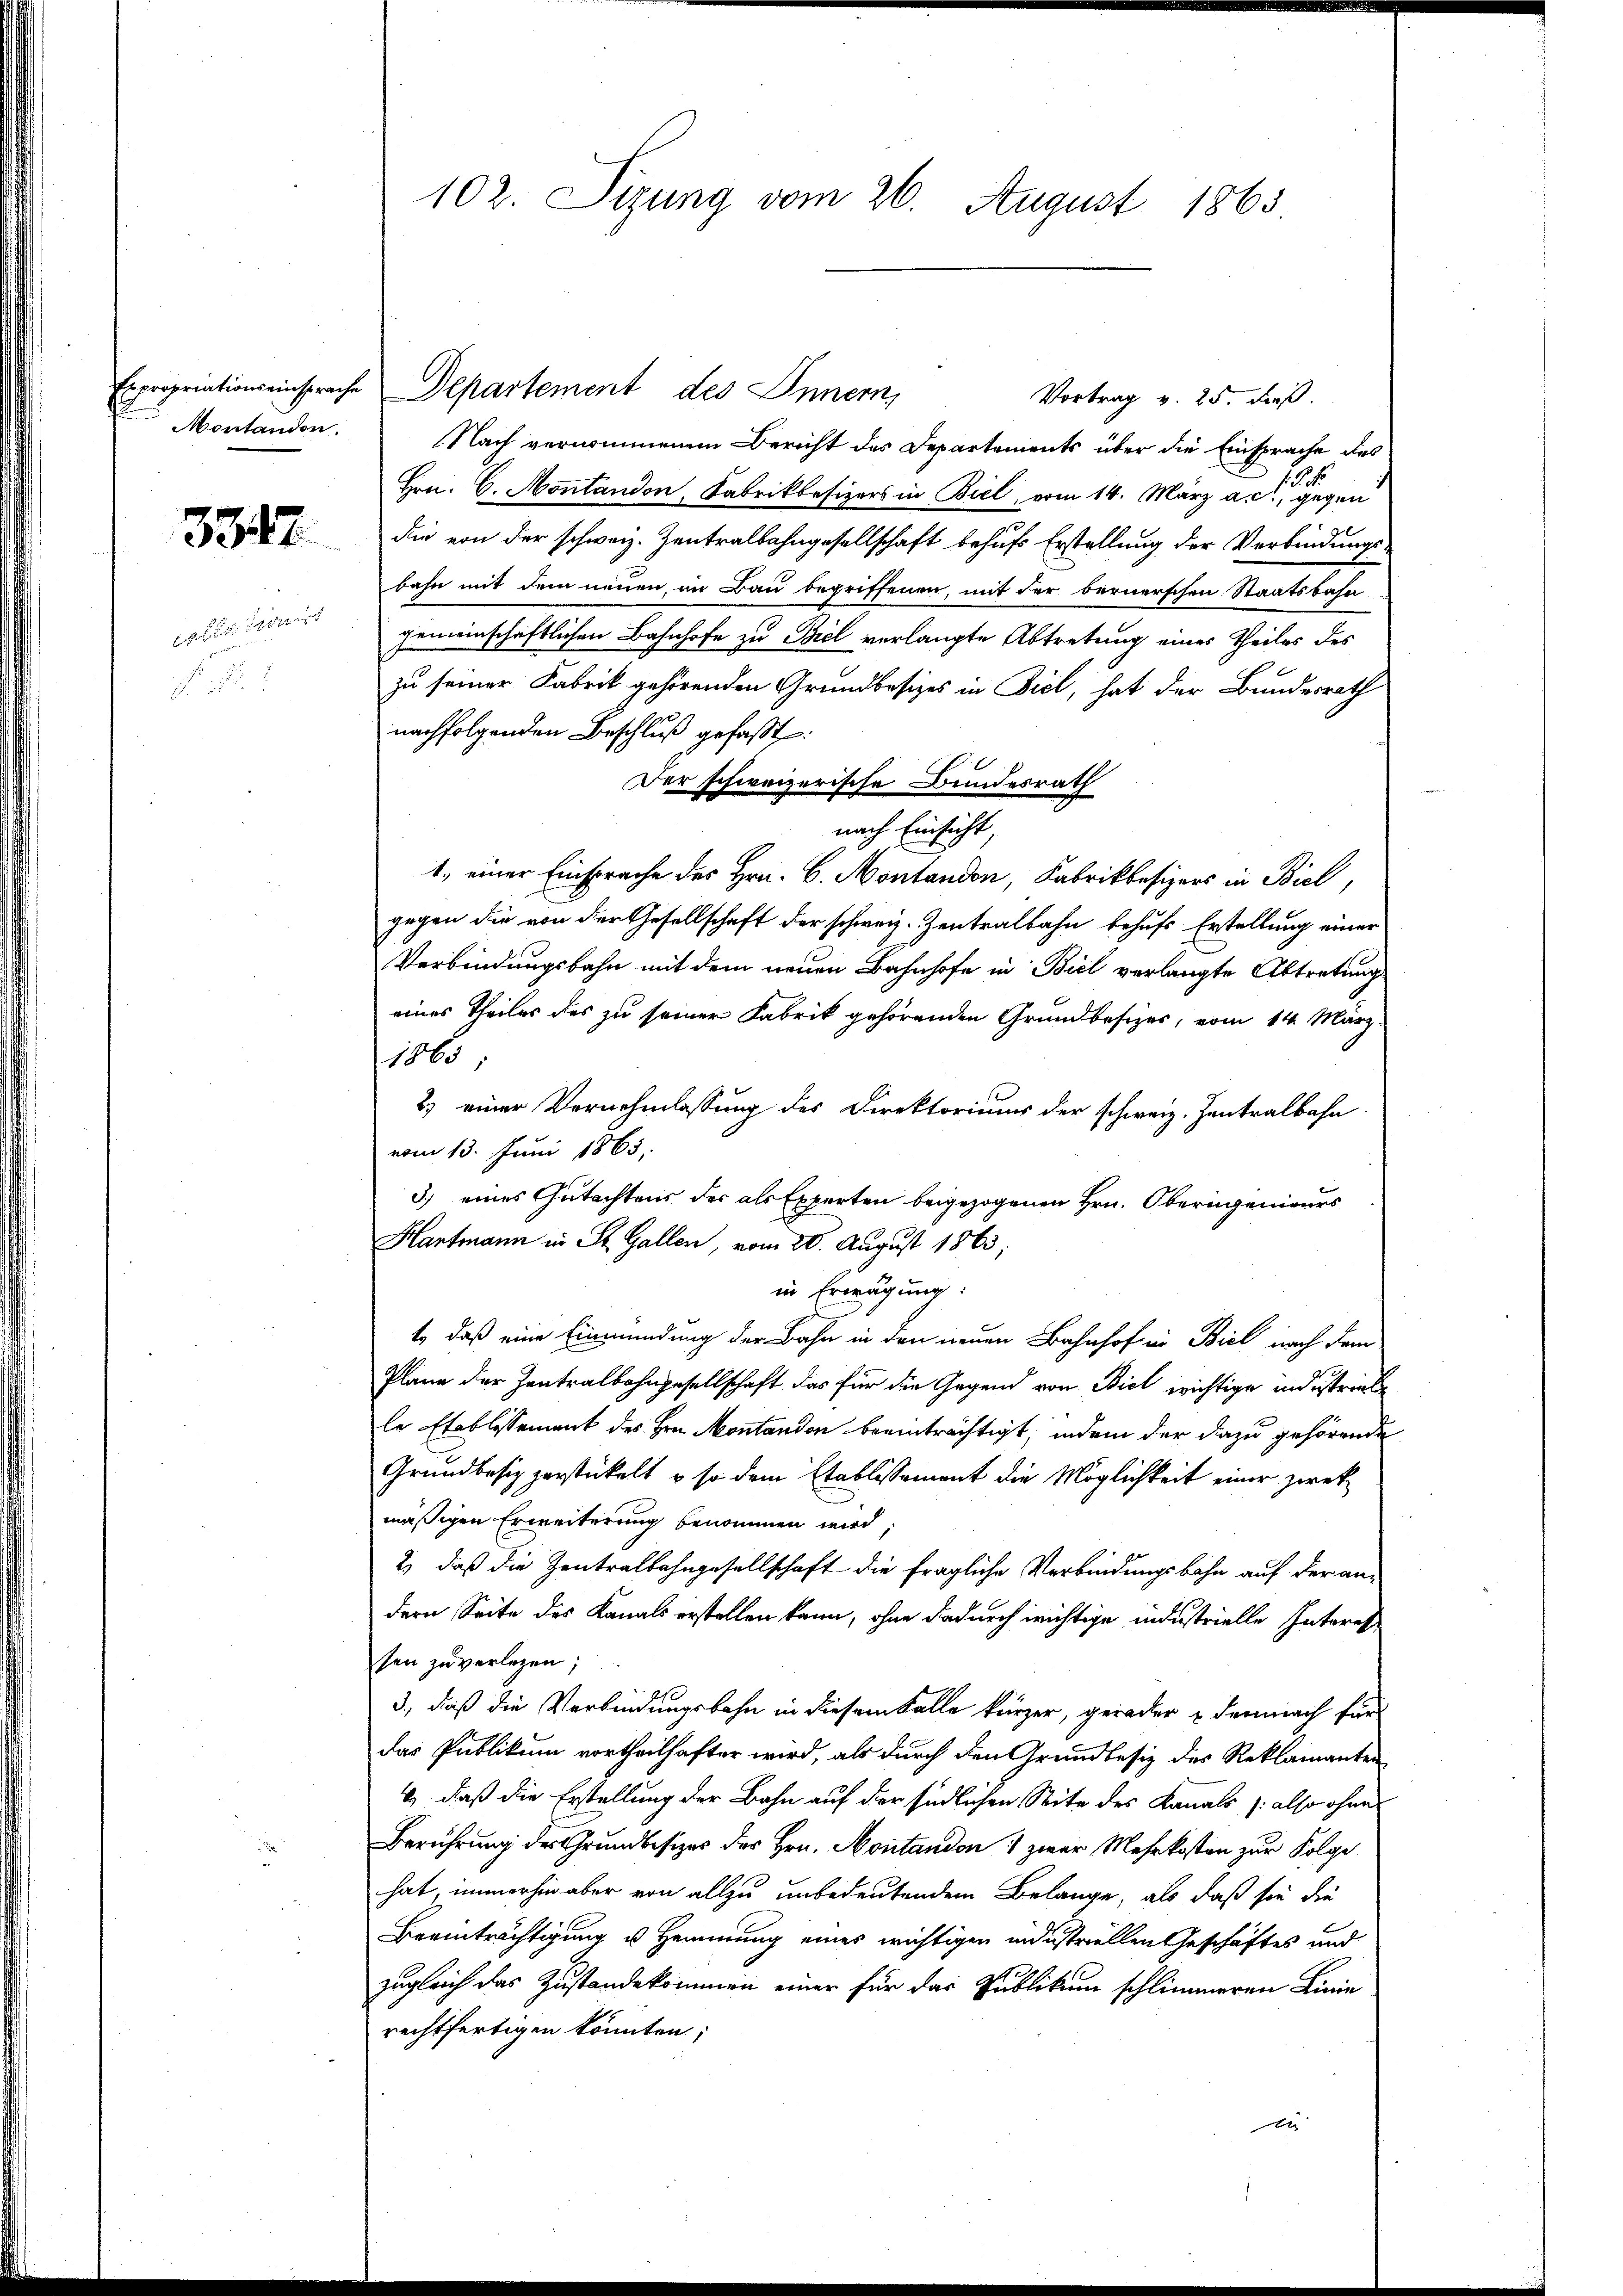
Expropriations einsprache
Montandon.

3347

collationirt

102. Sizung vom 26. August 1865

Departement des Innern,
Vortrag v. 25. dieß.
Nach vernommenen Bericht des Departements über die Einsprache des
1 S. 1
Hrn. C. Montandon, Fabrikbesizers in Biel, vom 14. März a. c., gegen
die von der schweiz. Zentralbahngesellschaft behufs Erstellung der Verbindungs-
bahn mit dem neuen an Bau begriffenen, mit der bernerschen Staatsbahn
gemeinschaftlichen Bahnhofe zu Biel verlangte Abtretung eines Theiles des
zu seiner Fabrik gehörenden Grundbesizes in Ziel, hat der Bundesrath
nachfolgenden Beschluß gefaßt:
Der schweizerische Bundesrath
nach Einsicht,
1, einer Einsprache des Hrn. C. Montandon, Fabrikbesizers in Biel,
gegen die von der Gesellschaft der schweiz. Zentralbahn behufs Erstellung einer
Verbindungsbahn mit dem neuen Bahnhofe in Biel verlangte Abtretung
eines Theiles des zu seiner Fabrik gehörenden Grundbesizes, vom 14. März
1865;
2) einer Vernehmlassung des Direktoriums der schweiz. Zentralbahn
vom 13. Juni 1865.
3.) eines Gutachtens der als Experten beigezogenen Hrn. Oberngenieurs
Hartmann in St. Gallen, vom 26. August 1863;
in Erwägung:
t, daß eine Einmündung der Bahn in den neuen Bahnhof in Biel nach dem
Plane der Zentralbahngesellschaft das für die Gegend von Biel wichtige industriebe
le Etablissement des Hrn. Montandon beeinträchtigt, indem der dazu gehörende
Grundbesiz zerstickelt u so dem Etablissement die Möglichkeit einer zirekmäßigen Erweiterung benommen wird,
2) daß die Zentralbahngesellschaft die fragliche Verbindungsbahn auf der andern Seite des Kanals erstellen kann, ohne dadurch richtige industrielle Interet,
sen zu verlegen;
3., daß die Verbindungsbahn in diesem Falle kürzer, gerader demnach für
das Publikum vortheilhafter wird, als durch den Grundbesiz des Reklamanten
& daß die Erstellung der Bahn auf der südlichen Seite des Kanals also ohne
Berührung des Grundbesizes des Hrn. Montandon 1 zwar Mehrkosten zur Folge
hat, immerhin aber von allzu unbedeutendem Belange, als daß sie die
Beeinträchtigung u Hemmung eines wichtigen industriellen Geschäftes und
zugleich das Zustandekommen einer für das Publikum schlimmeren Linie
rechtfertigen könnten;
e